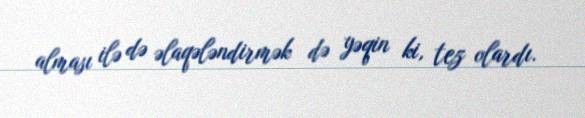
alması ilə də əlaqələndirmək də yəqin ki, tez olardı.